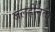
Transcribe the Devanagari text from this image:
जलहीनता